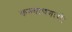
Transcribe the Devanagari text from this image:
कल्याणगामी